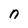
Character: n